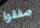
صفقوا